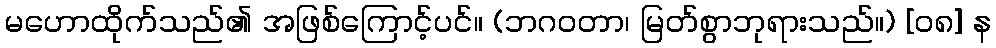
မဟောထိုက်သည်၏ အဖြစ်ကြောင့်ပင်။ (ဘဂဝတာ၊ မြတ်စွာဘုရားသည်။) [၀၈] န